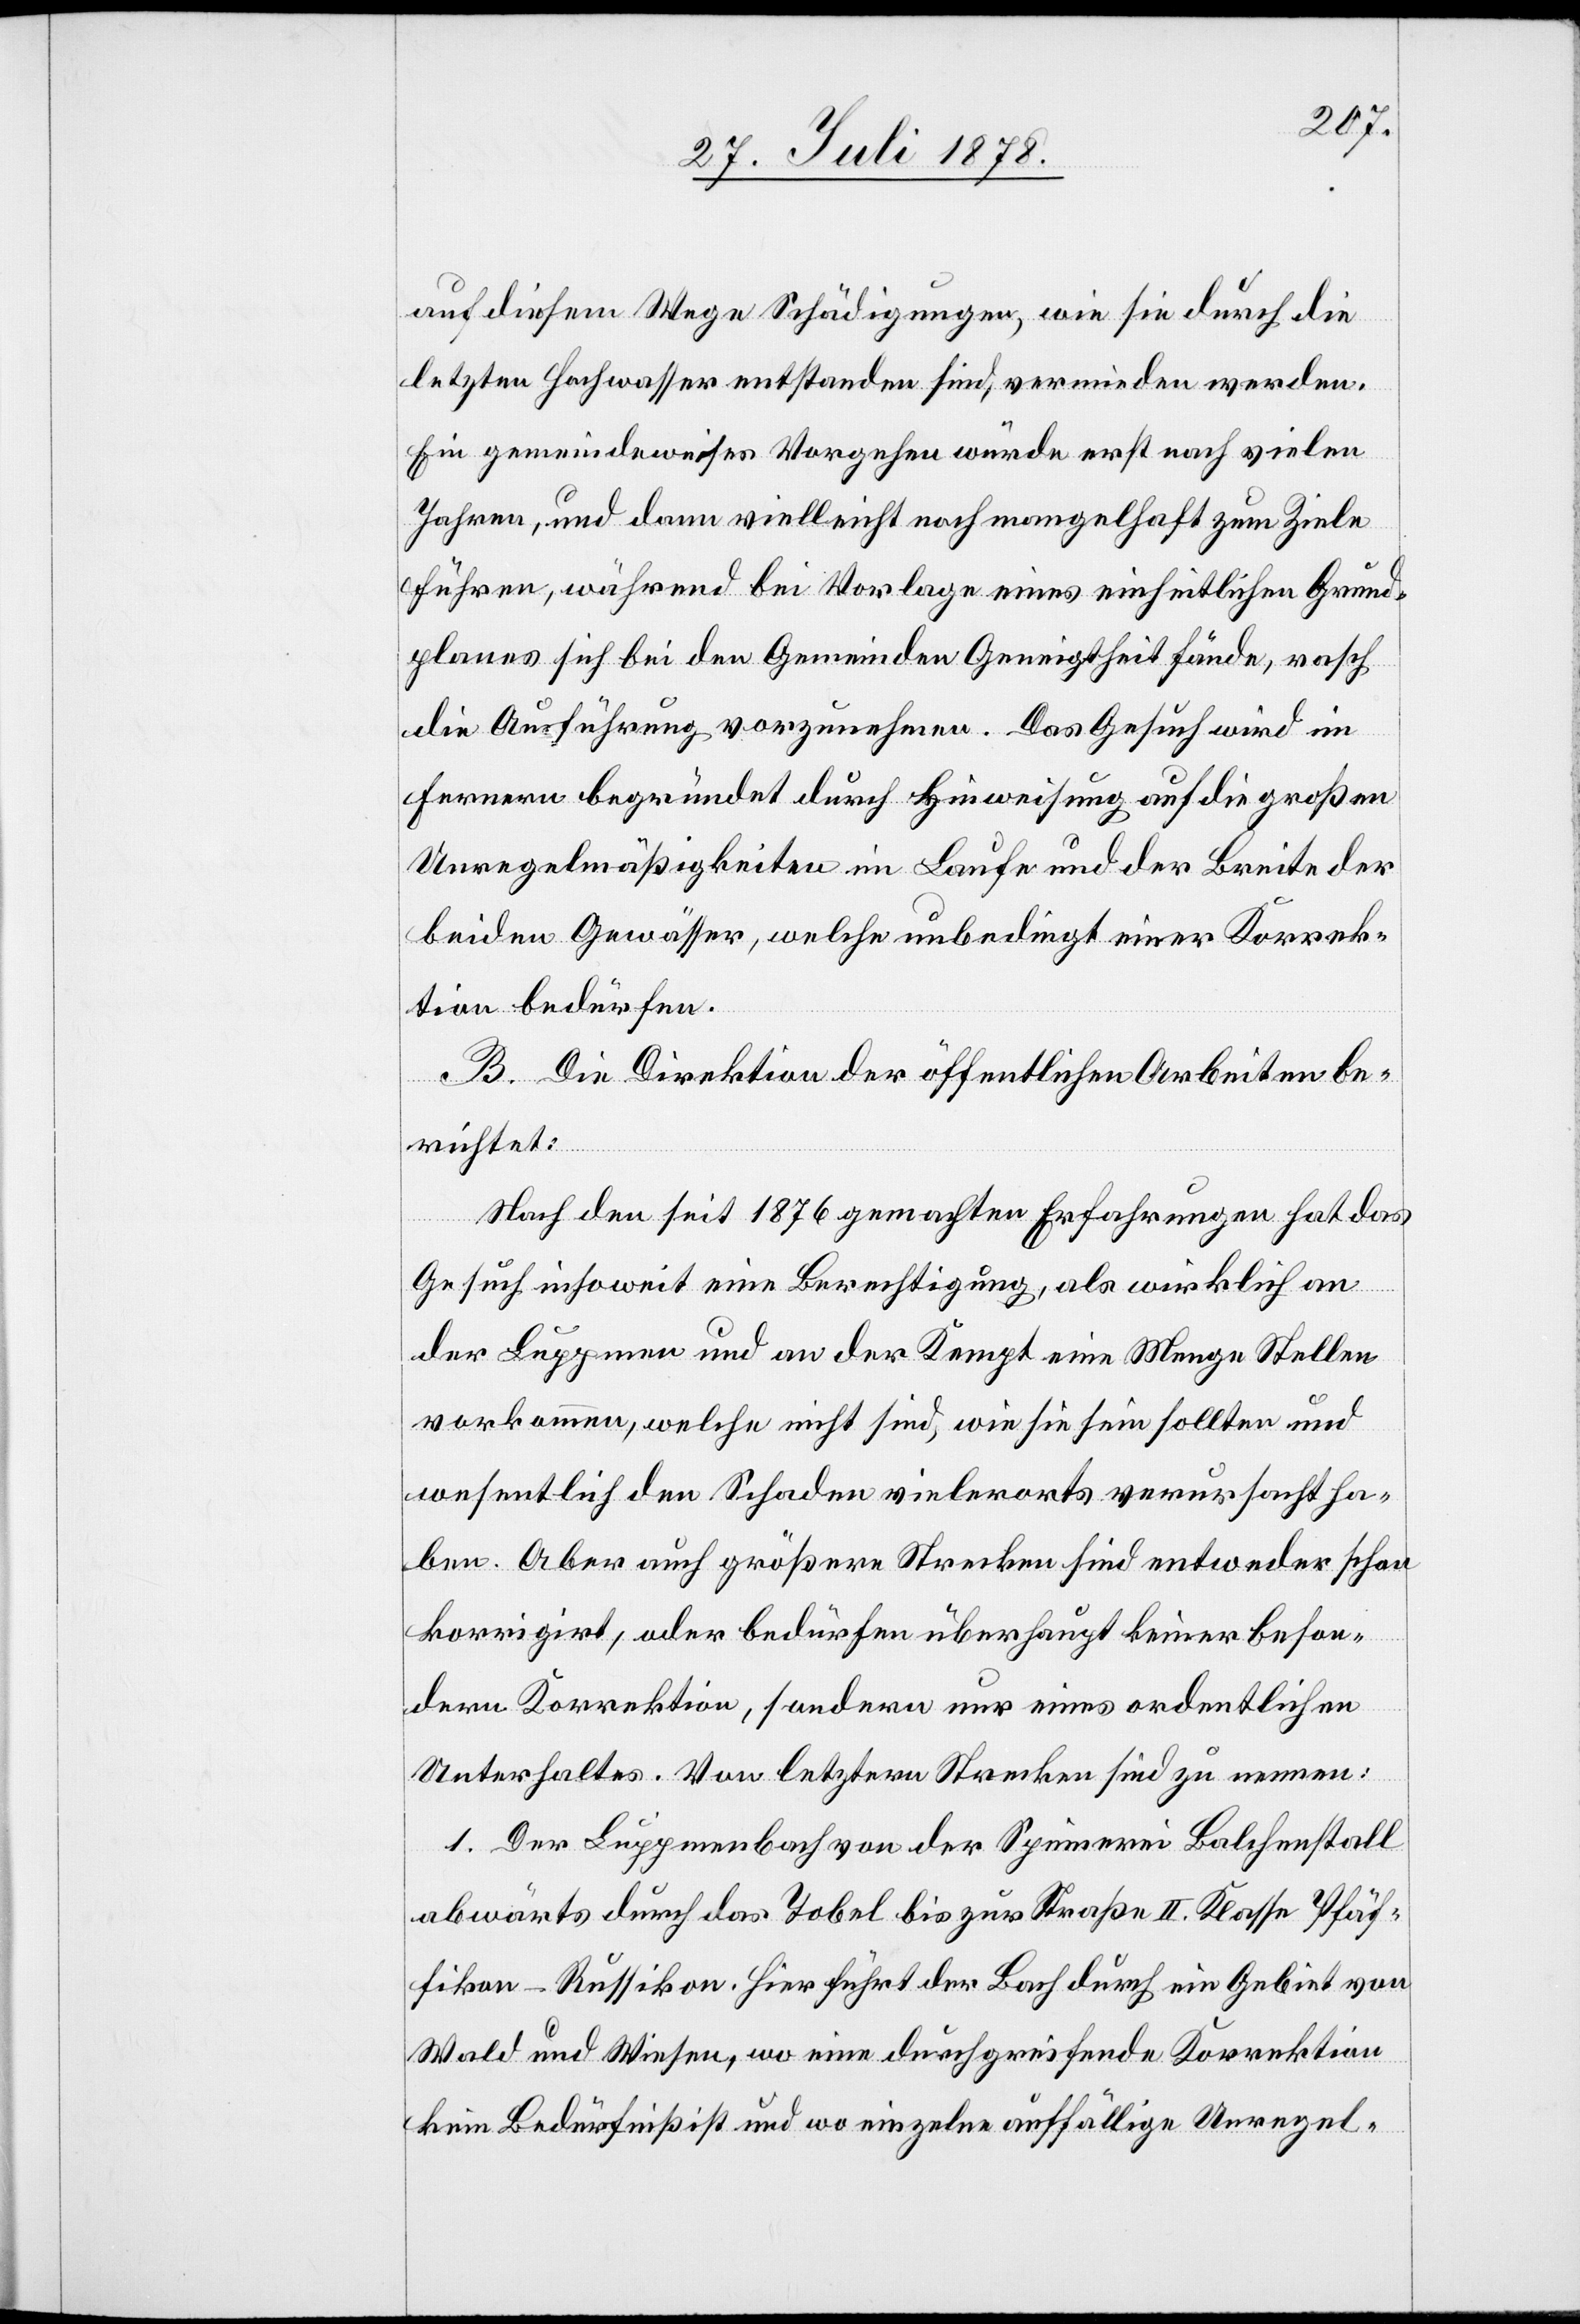
auf diesem Wege Schädigungen, wie sie durch die
letzten Hochwasser entstanden sind, vermieden werden.
Ein gemeindeweises Vorgehen würde erst nach vielen
Jahren, und dann vielleicht noch mangelhaft zum Ziele
führen, während bei Vorlage eines einheitlichen Grund¬
planes sich bei den Gemeinden Geneigtheit fände, rasch
die Ausführung vorzunehmen. Das Gesuch wird im
fernern begründet durch Hinweisung auf die großen
Unregelmäßigkeiten im Laufe und der Breite der
beiden Gewässer, welche unbedingt einer Korrek¬
tion bedürfen.
B. Die Direktion der öffentlichen Arbeiten be¬
richtet:
Nach den seit 1876 gemachten Erfahrungen hat das
Gesuch insoweit eine Berechtigung, als wirklich an
der Luppmen und an der Kempt eine Menge Stellen
vorkommen, welche nicht sind, wie sie sein sollten und
wesentlich den Schaden vielerorts verursacht ha¬
ben. Aber auch größere Strecken sind entweder schon
korrigirt, oder bedürfen überhaupt keiner beson¬
dern Korrektion, sondern nur eines ordentlichen
Unterhaltes. Von letztern Strecken sind zu nennen:
1. Der Luppmenbach von der Spinnerei Balchenstall
abwärts durch das Tobel bis zur Straße II. Klasse Pfäf¬
fikon–Russikon. Hier führt der Bach durch ein Gebiet von
Wald und Wiesen, wo eine durchgreifende Korrektion
kein Bedürfniß ist und wo einzelne auffällige Unregel-